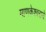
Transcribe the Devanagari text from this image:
माणकेश्वराचे